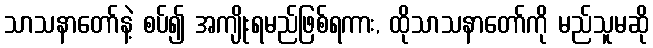
သာသနာတော်နဲ့ စပ်၍ အကျိုးရမည်ဖြစ်ရကား, ထိုသာသနာတော်ကို မည်သူမဆို